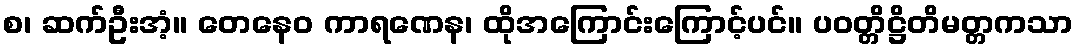
စ၊ ဆက်ဦးအံ့။ တေနေဝ ကာရဏေန၊ ထိုအကြောင်းကြောင့်ပင်။ ပဝတ္တိဋ္ဌိတိမတ္တကသာ